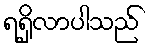
ရရှိလာပါသည်